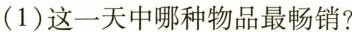
(1)这一天中哪种物品最畅销?